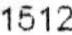
1512